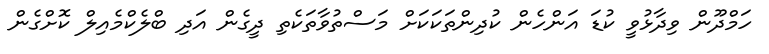
ހަމްދޫން ވިދާޅުވީ ކުޑަ އަންހެން ކުދިންތަކަކަށް މަސްތުވާތަކެތި ދީގެން އަދި ބްލެކްމެއިލް ކޮށްގެން